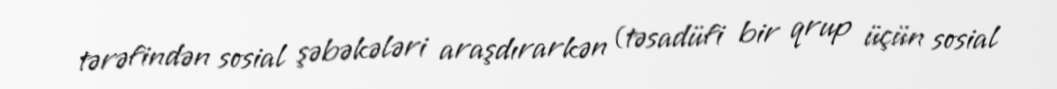
tərəfindən sosial şəbəkələri araşdırarkən (təsadüfi bir qrup üçün sosial